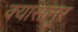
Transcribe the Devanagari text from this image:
क्यासानूर